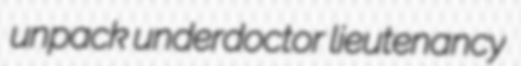
unpack underdoctor lieutenancy